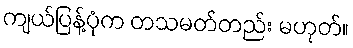
ကျယ်ပြန့်ပုံက တသမတ်တည်း မဟုတ်။